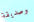
وصديقة